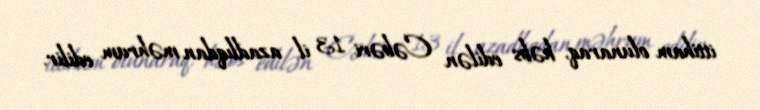
ittiham olunaraq, həbs edilən Cəbəri 13 il azadlıqdan məhrum edilir.